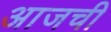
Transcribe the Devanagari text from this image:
अाजची